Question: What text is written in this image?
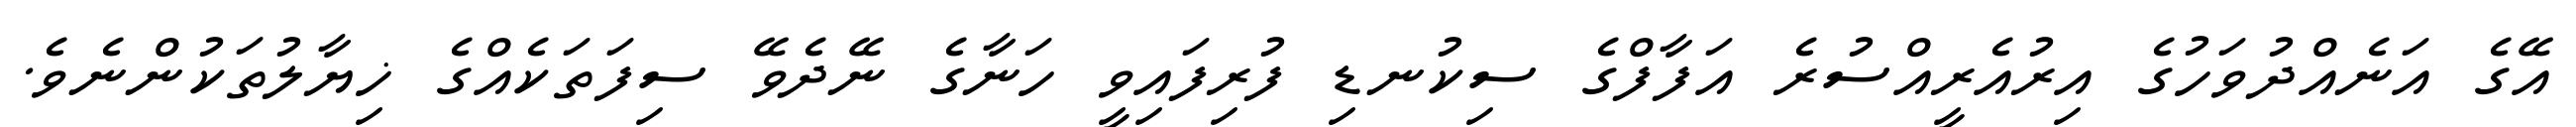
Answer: އޭގެ އަނެއްދުވަހުގެ އިރުއެރީއްސުރެ އަފާފްގެ ސިކުނޑި ފުރިފައިވީ ހަނާގެ ނޭދެވޭ ސިފަތަކެއްގެ ޚިޔާލުތަކުންނެވެ.